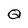
Character: Q